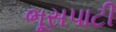
ભૂસપાટી